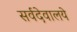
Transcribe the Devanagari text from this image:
सर्वदेवालये